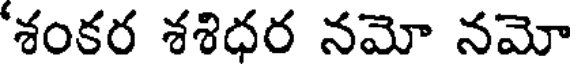
'శంకర శశిధర నమో నమో